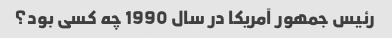
رئیس جمهور آمریکا در سال 1990 چه کسی بود؟